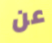
عن